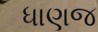
ધાણજ